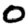
Digit: 0